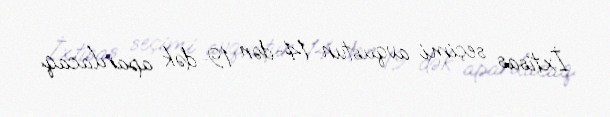
İxtisas seçimi avqustun 14-dən 19-dək aparılacaq.